King Institute of Preventive Medicine Micro-Biological Section reports 1909-11
Year: 1909
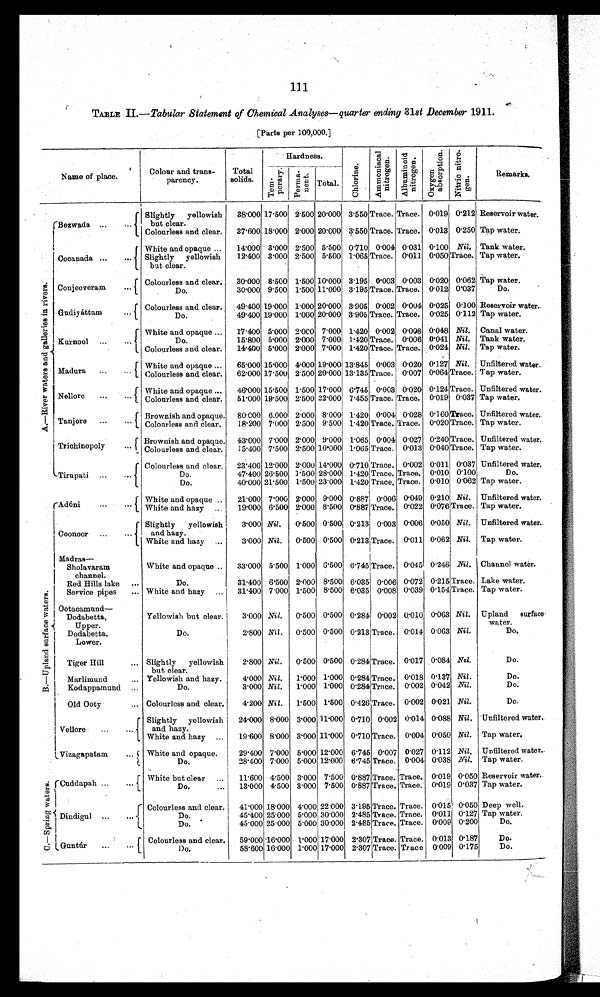
111
TABLE 11.—Tabular Statement of Chemical Analyses—quarter ending 31st December 1911.
[Parts per 100,000.]
Name of place.
Colour and trans-
parency.
Total
solids.
Hardness.
C h l o r i n e .
A m m o n i a c a l n i t r o g e n .
A l b u m i n o i d n i t r o g e n .
O x y g e n a b s o r p t i o n .
N i t r i c n i t r o - g e n .
Remarks.
T e m - p o r a r y .
Perma-nent.
Total.
A . — R i v e r w a t e r s a n d g a l l e r i s e i n r i v e r s .
Bezwada
. . .
Slightly yellowish
but clear.
38.000 17.500 2.500 20.000 3.550 Trace. Trace. 0.019 0.212 Reservoir water.
Colourless and clear.
37.600 18.000 2.000 20.000 3.550 Trace. Trace. 0.013 0.250 Tap water.
Cocanada . . .
White and opaque.
14.000 3.000 2.500 5.500 0.710 0.004 0.031 0.100 Nil. Tank water.
Slightly yellowish
but clear.
12.400 3.000 2.500 5.500 1.065Trace. 0.011 0.050 Trace. Tap water.
Conjeeveram
Colourless and clear.
30.000 8.500 1.500 10.000 3.195 0.003 0.003 0.020 0.062 Tap water.
D o .
30.000 9.500 1.500 11.000 3.195 Trace. Trace. 0.012 0.037
D o .
Gudiyáttam
. . .
Colourless and clear. 49.400 19.000 1.000 20.000 3.905 0.002 0.004 0.025 0.100 Reservoir water.
Do.
49.400 19.000 1.000 20.000 3.905 Trace. Trace. 0.025 0.112 Tap water.
Kurnool . . .
White and opaque. . . 17.400 5.000 2.000 7.000 1.420 0.002 0.008 0.048 Nil. Canal water.
D o .
15.800 5.000 2.000 7.000 l.420 Trace. 0.006 0.041 Nil. Tank water.
Colourless and clear.
14.400 5.000 2.000 7.000 1.420 Trace. Trace. 0.024 Nil. Tap water.
Madura . . .
White and opaque . .. 65.000 15.000 4.000 19.000 13.845 0.003 0.020 0.127 Nil. Unfiltered water.
Colourless and clear.
62.000 17.500 2.500 20.000 13.135 Trace. 0.007 0.064 Trace. Tap water.
Nellore . . .
White and opaque . .. 46.000 15.500 1.500 17.000 6.745 0.003 0.020 0.124 Trace. Unfiltered water.
Colourless and clear.
51.000 19.500 2.500 22.000 7.455 Trace. Trace. 0.019 0.037 Tap water.
Tanjore . . .
Brownish and opaque. 80.000 6.000 2.000 8.000 1.420 0.004 0.028 0.160 Trace. Unfiltered water.
Colourless and clear.
18.200 7.000 2.500 9.500 1.420 Trace. Trace. 0.020 Trace. Tap water.
Trichinopoly . . . Brownish and opaque. 43.000 7.000 2.000 9.000 1.065 0.004 0.027 0.240 Trace. Unfiltered water.
Tap water.
Colourless and clear. 15.400 7.500 2.500 10.000 1.065 Trace. 0.013 0.040 Trace.
Tirupati . . .
Colourless
clear.
2 3 . 4 0 0
1 2 . 0 0 0 2.000
1 4 . 0 0 0
0.170
T r a c e .
0 . 0 0 2 0.011
0 . 0 3 7 Unfiltered water.
Do.
4 7 . 4 0 0
2 6 . 5 0 0 1.500
2 8 . 0 0 0
1 . 4 2 0
T r a c e .
T r a c e . 0.0100.100 Do.
Do.
40.000 21.00 1.500 23.000 1.420 Trace. Trace. 0.010 0.062 Tap water.
B . — U p l a n d s u r f a c e w a t e r s .
Adóni . . .
W h i t e a n d o p a q u e
21.000
7 . 0 0 0
2.000
9 . 0 0 0
0.887
0 . 0 0 6
0 . 0 4 9 0.210 Nil. Unfiltered water.
W h i t e a n d h a z y
1 9 . 0 0 0
6 . 5 0 0 2.000
8 . 5 0 0
0 . 8 8 7
T r a c e .
0 . 0 2 2 0.076 Trace.
T a p w a t e r .
Coonoor . . .
Slightly yellowish
and hazy.
3.000 Nil. 0.500 0.500 0.213 0.003 0.006 0.050 Nil. Unfiltered water.
White and. hazy . . .
3.000 Nil. 0.500 0.500 0.213 Trace. 0.011 0.062 Nil. Tap water.
Madras—
White and opaque . .. 33.000 5.500 1.000 6.500 6.745 Trace. 0.045 0.246 Nil. Channel water.
Sholavaram
channel.
Do.
31.400 6.500 2.000 8.500 6.035 0.006 0.072 0.215 Trace. Lake water.
Red Hills lake . . .
Service pipes . . . White and hazy. . . 31.400 7.000 1.500 8.500 6.035 0.008 0.039 0.154 Trace. Tap water.
Ootacamund —
Dodabetta,
U pp er.
Yellowish but clear.
3.000 Nil. 0.500 0.500 0.284 0.002 0.010 0.063 Nil. Upland surface
water.
Do.
2.800 Nil. 0.500 0.500 0.213 Trace. 0.014 0.063 Nil.
Do.
Dodabetta,
Lower.
Tiger Hill . . . Slightly yellowish
but clear.
2.800 Nil. 0.500 0.500
0 . 2 8 4 Trace. 0.017 0.084 Nil.
Do.
Marlimund . . . Yellowish and hazy.
4.000 Nil. 1.000 1.000 0.284 Trace. 0.018 0.137 Nil.
Do.
Kodappamund . . .
Do.
3.000 Nil.
1.000
1 . 0 0 0
0.284 Trace. 0.002 0.042 Nil.
Do.
Old Ooty . . . Colourless and clear.
4.200 Nil. 1.500 1.500 0.426 Trace. 0.002 0.021 Nil.
Do.
Vellore . . .
Slightly yellowish
and hazy.
24.000 8.000 3.000 11.000 0.710 0.002 0.014 0.088 Nil. Unfiltered water.
White and hazy . . . 19.600 8.000 3.000 11.000 0.710 Trace. 0.004 0.050 Nil. Tap water.
Vizagapatam . . . White and opaque.
29.400 7.000 5.000 12.000 6.745 0.007 0.027 0.112 Nil. Unfiltered water.
D o .
28.400 7.000 5.000 12.000 6.745 Trace.
0 . 0 0 4 0.038 Nil. Tap water.
C . — S p r i n g w a t e r s .
Cuddapah . . .
White but clear . . . 11.600 4.500 3.000 7.500 0.887 Trace. Trace. 0.019 0.050 Reservoir water.
Do. . . . 13.000 4.500 3.000 7.500 0.887 Trace. Trace. 0.019 0.037 Tap water.
Dindigul
Colourless and clear.
41.000 18.000 4.000 22.000 3.195 Trace. Trace. 0.015 0.050 Deep well.
Do.
45.400 25.000 5.000 30.000 2.485 Trace. Trace. 0.011 0.127 Tap water.
Do.
45.000 25.000 5.000 30.000 2.485 Trace. Trace. 0.009 0.200
Do.
Guntúr
. . .
Colourless and clear.
59.000 16.000 1.000 17.000 2.307 Trace. Trace. 0.013 0.187
Do.
Do.
58.600 16.000 1.000 17.000 2.307 Trace. Trace 0.009 0.175
Do.